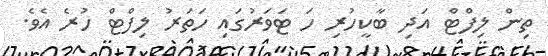
ތިން ލިފްޓް އަދި ބާކީހުރި ހަ ޓަވަރުގައި ހަތަރު ލިފްޓް ހުރެ އެވެ.